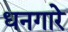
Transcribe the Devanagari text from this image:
धनगारे